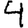
Digit: 4